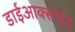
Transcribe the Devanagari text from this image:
डाईआक्साईड